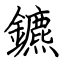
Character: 鑣